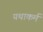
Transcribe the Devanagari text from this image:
यथाकर्म